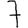
Digit: 7